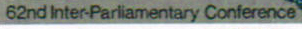
62nd Inter-Parliamentary Conference